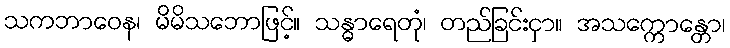
သကဘာဝေန၊ မိမိသဘောဖြင့်။ သန္ဓာရေတုံ၊ တည်ခြင်းငှာ။ အသက္ကောန္တော၊